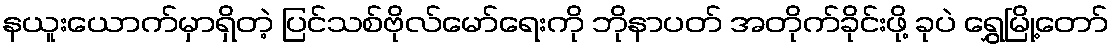
နယူးယောက်မှာရှိတဲ့ ပြင်သစ်ဗိုလ်မော်ရေးကို ဘိုနာပတ် အတိုက်ခိုင်းဖို့ ခုပဲ ရွှေမြို့တော်